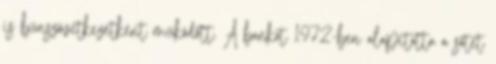
is bűnszövetkezetként működött. A bankot 1972-ben alapította a sötét